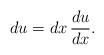
LaTeX: \begin{align*}du=dx\,\frac{du}{dx}.\end{align*}